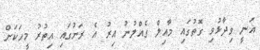
ޣަނީ ވިދާޅުވި ގޮތުގައި މާއިލް ގެއްލުނު އިރު އެ ރަށުގައި އިތުރު މީހަކަށް